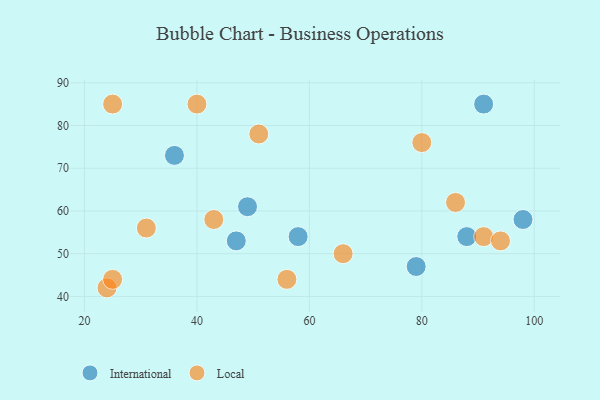
{"axis": {"x": "GDP", "y": "Life Expectancy"}, "legend": ["International", "Local"], "data": [{"x": "47", "y": 53, "type": "International"}, {"x": "36", "y": 73, "type": "International"}, {"x": "88", "y": 54, "type": "International"}, {"x": "49", "y": 61, "type": "International"}, {"x": "91", "y": 85, "type": "International"}, {"x": "79", "y": 47, "type": "International"}, {"x": "58", "y": 54, "type": "International"}, {"x": "98", "y": 58, "type": "International"}, {"x": "51", "y": 78, "type": "Local"}, {"x": "24", "y": 42, "type": "Local"}, {"x": "91", "y": 54, "type": "Local"}, {"x": "66", "y": 50, "type": "Local"}, {"x": "25", "y": 44, "type": "Local"}, {"x": "40", "y": 85, "type": "Local"}, {"x": "80", "y": 76, "type": "Local"}, {"x": "25", "y": 85, "type": "Local"}, {"x": "31", "y": 56, "type": "Local"}, {"x": "43", "y": 58, "type": "Local"}, {"x": "94", "y": 53, "type": "Local"}, {"x": "86", "y": 62, "type": "Local"}, {"x": "56", "y": 44, "type": "Local"}]}